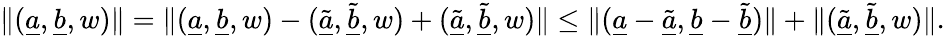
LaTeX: \lVert(\underline{{a}},\underline{{b}},w)\rVert=\lVert(\underline{{a}},\underline{{b}},w)-(\tilde{\underline{{a}}},\tilde{\underline{{b}}},w)+(\tilde{\underline{{a}}},\tilde{\underline{{b}}},w)\rVert\leq\lVert(\underline{{a}}-\tilde{\underline{{a}}},\underline{{b}}-\tilde{\underline{{b}}})\rVert+\lVert(\tilde{\underline{{a}}},\tilde{\underline{{b}}},w)\rVert.